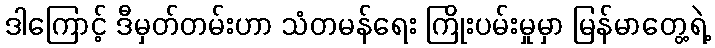
ဒါကြောင့် ဒီမှတ်တမ်းဟာ သံတမန်ရေး ကြိုးပမ်းမှုမှာ မြန်မာတွေ့ရဲ့